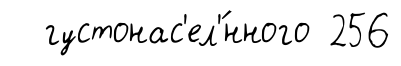
густонас'ел'́нного 256